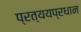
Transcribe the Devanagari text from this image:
प्रत्ययप्रधान